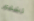
لشهور